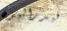
فيدراليون